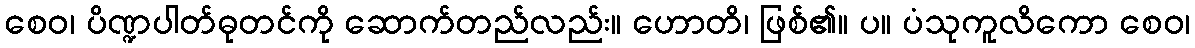
စေဝ၊ ပိဏ္ဍပါတ်ဓုတင်ကို ဆောက်တည်လည်း။ ဟောတိ၊ ဖြစ်၏။ ပ။ ပံသုကူလိကော စေဝ၊